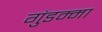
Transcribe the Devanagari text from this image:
गुंडम्मा